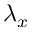
\lambda _ { x }